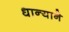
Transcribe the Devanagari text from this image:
धान्याने